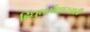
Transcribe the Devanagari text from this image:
हिंधुधर्मशास्त्राही